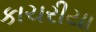
કાચરીયા